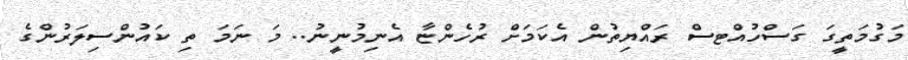
މަގުމަތީގަ ގަސްހުއްޓސް ރައްޔިތުން އެކަމަށް ރުހެންޏާ އެނިމުނީނު.. މަ ނަމަ ތި ކައުންސިލަރުންގެ